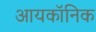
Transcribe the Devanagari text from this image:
आयकॉनिक